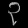
Digit: ၃